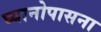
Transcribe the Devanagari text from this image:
घ्यानोपासना